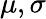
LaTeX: \mu,\sigma